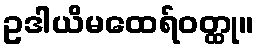
ဥဒါယိမထေရ်ဝတ္ထု။